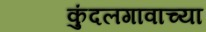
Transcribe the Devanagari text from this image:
कुंदलगावाच्या